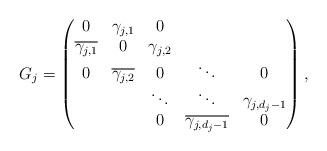
LaTeX: \begin{align*}G_j = \begin{pmatrix}0 & \gamma_{j,1} & 0 & \\\overline{\gamma_{j,1}} & 0 & \gamma_{j,2} & \\0 & \overline{\gamma_{j,2}} & 0 & \ddots&0\\& & \ddots & \ddots & \gamma_{j,d_j-1}\\& & 0& \overline{\gamma_{j,d_j-1}}& 0\end{pmatrix},\end{align*}